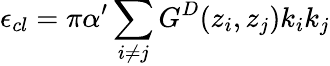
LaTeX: \epsilon_{cl}=\pi\alpha^{\prime}\sum_{i\neq j}G^{D}(z_{i},z_{j})k_{i}k_{j}